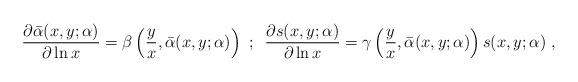
LaTeX: \begin{align*}\frac{\partial\bar\alpha(x,y;\alpha)}{\partial\ln x}=\beta\left(\frac{y}{x},\bar\alpha(x,y;\alpha)\right)\,\,;\,\,\,\frac{\partial s(x,y;\alpha)}{\partial\ln x}=\gamma\left(\frac{y}{x},\bar\alpha(x,y;\alpha)\right)s(x,y;\alpha)~,\end{align*}